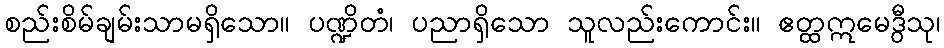
စည်းစိမ်ချမ်းသာမရှိသော။ ပဏ္ဍိတံ၊ ပညာရှိသော သူလည်းကောင်း။ ဧတ္ထဣမေဒွီသု၊